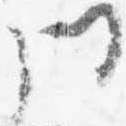
門